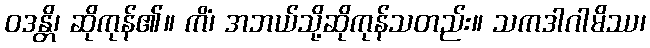
ဝဒန္တိ၊ ဆိုကုန်၏။ ကိံ၊ အဘယ်သို့ဆိုကုန်သတည်း။ သကဒါဂါမိဿ၊